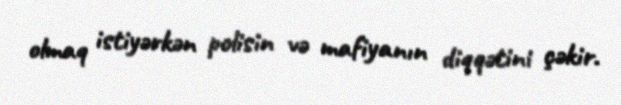
olmaq istiyərkən polisin və mafiyanın diqqətini çəkir.